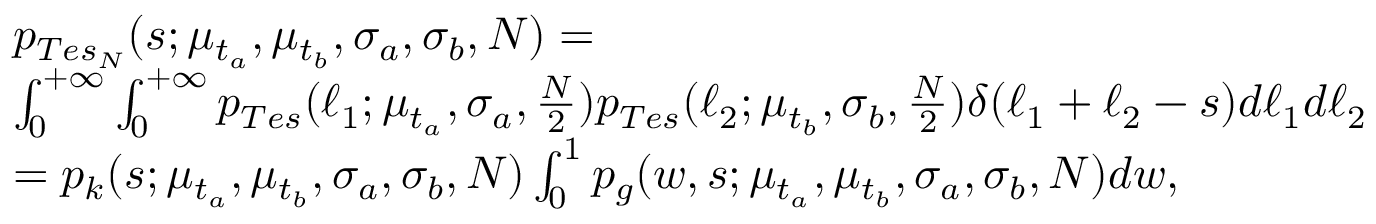
\begin{array} { r l } & { p _ { T e s _ { N } } ( s ; \mu _ { t _ { a } } , \mu _ { t _ { b } } , \sigma _ { a } , \sigma _ { b } , N ) = } \\ & { \int _ { 0 } ^ { + \infty } \int _ { 0 } ^ { + \infty } p _ { T e s } ( \ell _ { 1 } ; \mu _ { t _ { a } } , \sigma _ { a } , \frac { N } { 2 } ) p _ { T e s } ( \ell _ { 2 } ; \mu _ { t _ { b } } , \sigma _ { b } , \frac { N } { 2 } ) \delta ( \ell _ { 1 } + \ell _ { 2 } - s ) d \ell _ { 1 } d \ell _ { 2 } } \\ & { = p _ { k } ( s ; \mu _ { t _ { a } } , \mu _ { t _ { b } } , \sigma _ { a } , \sigma _ { b } , N ) \int _ { 0 } ^ { 1 } p _ { g } ( w , s ; \mu _ { t _ { a } } , \mu _ { t _ { b } } , \sigma _ { a } , \sigma _ { b } , N ) d w , } \end{array}